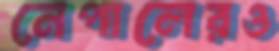
নেপালেরও